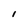
Character: l